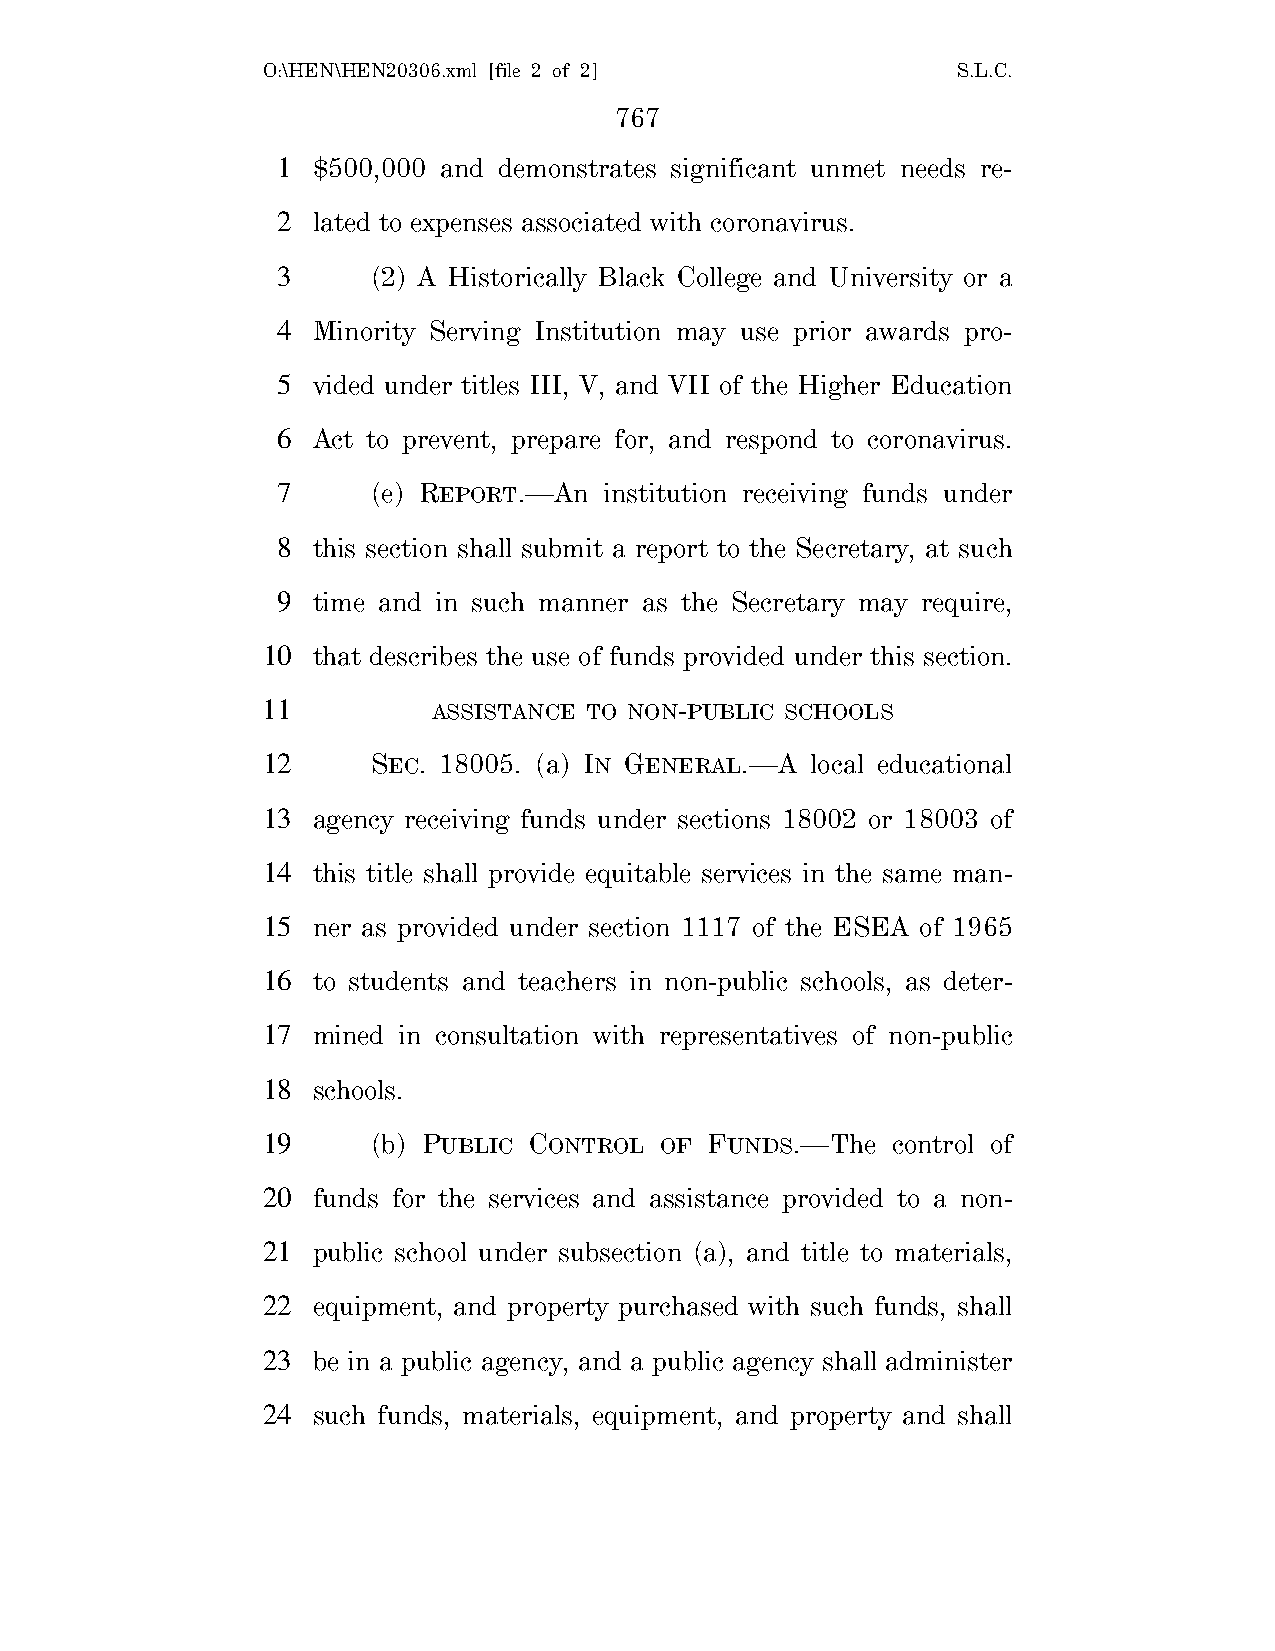
O:\HEN\HEN20306.xml [file 2 of 2]             S.L.C.
 767
 1  $500,000 and demonstrates significant unmet needs re-
 2  lated to expenses associated with coronavirus.
 3      (2) A Historically Black College and University or a
 4  Minority Serving Institution may use prior awards pro-
 5  vided under titles III, V, and VII of the Higher Education
 6  Act to prevent, prepare for, and respond to coronavirus.
 7      (e) REPORT.—An institution receiving funds under
 8  this section shall submit a report to the Secretary, at such
 9  time and in such manner as the Secretary may require,
 10  that describes the use of funds provided under this section.
 11          ASSISTANCE TO NON-PUBLIC SCHOOLS
 12      SEC. 18005. (a) IN GENERAL.—A local educational
 13  agency receiving funds under sections 18002 or 18003 of
 14  this title shall provide equitable services in the same man-
 15  ner as provided under section 1117 of the ESEA of 1965
 16  to students and teachers in non-public schools, as deter-
 17  mined in consultation with representatives of non-public
 18  schools.
 19      (b) PUBLIC CONTROL OF FUNDS.—The  control of
 20  funds for the services and assistance provided to a non-
 21  public school under subsection (a), and title to materials,
 22  equipment, and property purchased with such funds, shall
 23  be in a public agency, and a public agency shall administer
 24  such funds, materials, equipment, and property and shall